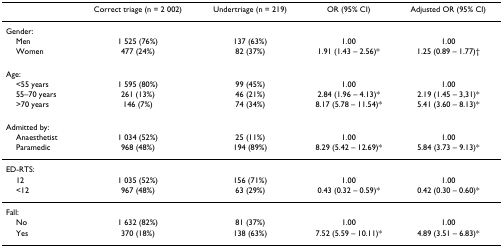
<table><thead><tr><td></td><td><b>Correct triage (n = 2 002)</b></td><td><b>Undertriage (n = 219)</b></td><td><b>OR (95% CI)</b></td><td><b>Adjusted OR (95% CI)</b></td></tr></thead><tbody><tr><td>Gender:</td><td></td><td></td><td></td><td></td></tr><tr><td> Men</td><td>1 525 (76%)</td><td>137 (63%)</td><td>1.00</td><td>1.00</td></tr><tr><td> Women</td><td>477 (24%)</td><td>82 (37%)</td><td>1.91 (1.43 – 2.56)*</td><td>1.25 (0.89 – 1.77)†</td></tr><tr><td>Age:</td><td></td><td></td><td></td><td></td></tr><tr><td> &lt;55 years</td><td>1 595 (80%)</td><td>99 (45%)</td><td>1.00</td><td>1.00</td></tr><tr><td> 55–70 years</td><td>261 (13%)</td><td>46 (21%)</td><td>2.84 (1.96 – 4.13)*</td><td>2.19 (1.45 – 3,31)*</td></tr><tr><td> &gt;70 years</td><td>146 (7%)</td><td>74 (34%)</td><td>8.17 (5.78 – 11.54)*</td><td>5.41 (3.60 – 8.13)*</td></tr><tr><td>Admitted by:</td><td></td><td></td><td></td><td></td></tr><tr><td> Anaesthetist</td><td>1 034 (52%)</td><td>25 (11%)</td><td>1.00</td><td>1.00</td></tr><tr><td> Paramedic</td><td>968 (48%)</td><td>194 (89%)</td><td>8.29 (5.42 – 12.69)*</td><td>5.84 (3.73 – 9.13)*</td></tr><tr><td>ED-RTS:</td><td></td><td></td><td></td><td></td></tr><tr><td> 12</td><td>1 035 (52%)</td><td>156 (71%)</td><td>1.00</td><td>1.00</td></tr><tr><td> &lt;12</td><td>967 (48%)</td><td>63 (29%)</td><td>0.43 (0.32 – 0.59)*</td><td>0.42 (0.30 – 0.60)*</td></tr><tr><td>Fall:</td><td></td><td></td><td></td><td></td></tr><tr><td> No</td><td>1 632 (82%)</td><td>81 (37%)</td><td>1.00</td><td>1.00</td></tr><tr><td> Yes</td><td>370 (18%)</td><td>138 (63%)</td><td>7.52 (5.59 – 10.11)*</td><td>4.89 (3.51 – 6.83)*</td></tr></tbody></table>